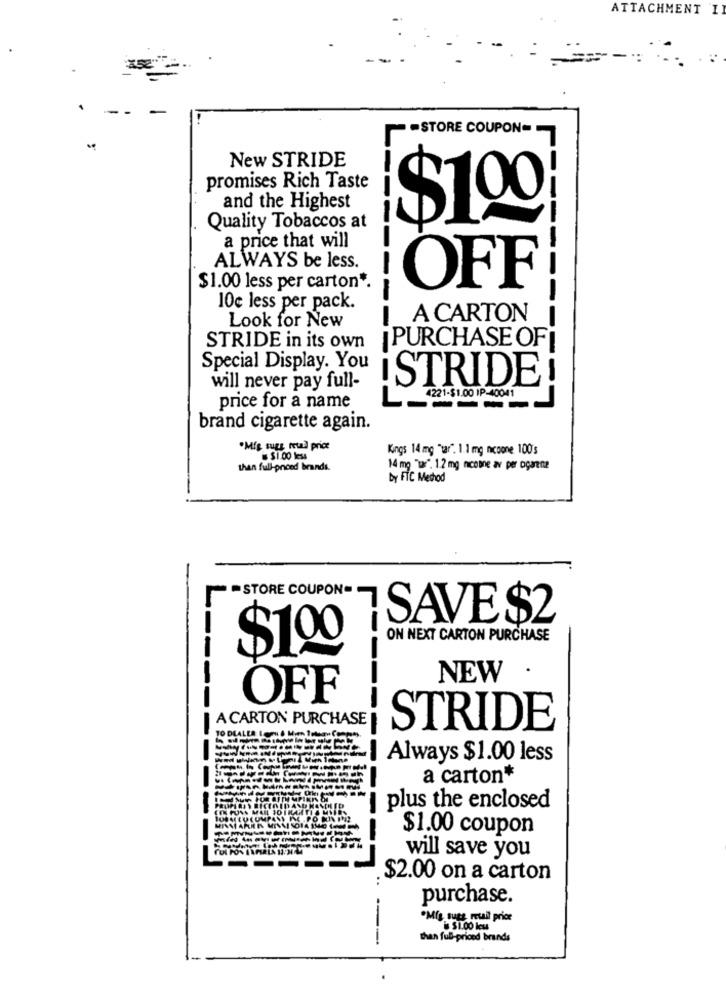
ATTACHMENT I
.
-STORE COUPON
New STRIDE
promises Rich Taste
and the Highest
$100
Quality Tobaccos at
a price that will
ALWAYS be less.
$1.00 less per carton *.
OFF
-------
10c less per pack.
Look for New
A CARTON
---
PURCHASE OF
STRIDE in its own
Special Display. You
STRIDE i
will never pay full-
L 4221-$1.00 IP-40041
price for a name
----
brand cigarette again.
·Mig sugg retail price
Kings 14 mg "tar". 1.1 mg nicoone. 100's
$1.00 less
than full-priced brands.
14 mg "war". 1.2 mg nicobne av per ogarene
by FTC Method
STORE COUPON
SAVE $2
ON NEXT CARTON PURCHASE
$100
NEW .
OFF
-----
A CARTON PURCHASE
-
-
STRIDE
Always $1.00 less
a carton*
I plus the enclosed
---
$1.00 coupon
will save you
..
$2.00 on a carton
purchase.
"Mig sugs retail price
$1.00 leu
---
than full-priced brands